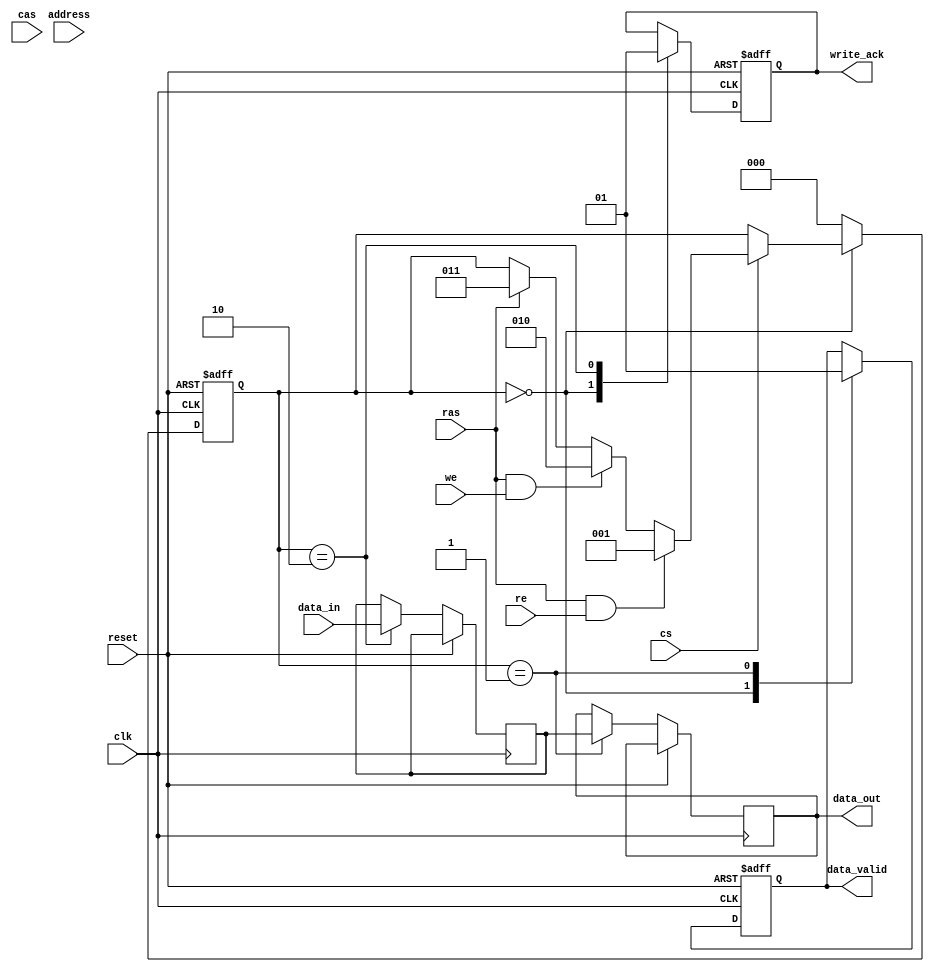
module IO_Block (
    input wire clk,            // Clock signal
    input wire reset,          // Reset signal
    input wire [15:0] data_in, // Input data from memory controller
    output reg [15:0] data_out, // Output data to memory controller
    input wire [7:0] address,   // Address input
    input wire cs,              // Chip Select
    input wire ras,             // Row Address Strobe
    input wire cas,             // Column Address Strobe
    input wire we,              // Write Enable
    input wire re,              // Read Enable
    output reg data_valid,      // Data valid signal
    output reg write_ack        // Write acknowledgment signal
);

    reg [15:0] data_buffer;     // Data buffer for input/output
    reg [2:0] state;            // State variable for FSM

    // State encoding
    localparam IDLE = 3'b000,
               READ = 3'b001,
               WRITE = 3'b010,
               REFRESH = 3'b011;

    // State machine for managing operations
    always @(posedge clk or posedge reset) begin
        if (reset) begin
            state <= IDLE;
            data_valid <= 1'b0;
            write_ack <= 1'b0;
        end else begin
            case (state)
                IDLE: begin
                    data_valid <= 1'b0;
                    write_ack <= 1'b0;
                    if (cs) begin
                        if (ras && re) begin
                            state <= READ; // Read operation
                        end else if (ras && we) begin
                            state <= WRITE; // Write operation
                        end else if (ras) begin
                            state <= REFRESH; // Refresh operation
                        end
                    end
                end

                READ: begin
                    // Simulate read operation
                    data_out <= data_buffer; // Output data from buffer
                    data_valid <= 1'b1;      // Indicate data is valid
                    state <= IDLE;           // Transition back to IDLE
                end

                WRITE: begin
                    // Simulate write operation
                    data_buffer <= data_in;  // Capture input data
                    write_ack <= 1'b1;       // Acknowledge write
                    state <= IDLE;           // Transition back to IDLE
                end

                REFRESH: begin
                    // Simulate refresh operation
                    // Logic to refresh memory cells can be added here
                    state <= IDLE;           // Transition back to IDLE
                end

                default: state <= IDLE;   // Default state
            endcase
        end
    end

    // Optional: Additional logic for isolation and protection can be added here
    // For example, tri-state buffers for data lines during idle state

endmodule